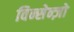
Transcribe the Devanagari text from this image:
विन्सेन्ज़ो